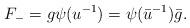
LaTeX: \begin{align*}F_{-}=g \psi (u^{-1}) =\psi (\bar{u}^{-1}) \bar{g} .\end{align*}